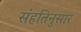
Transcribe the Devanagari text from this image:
संहतिनुसार